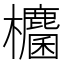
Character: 𭭀